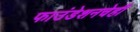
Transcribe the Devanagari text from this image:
फाउंडेशनचेही